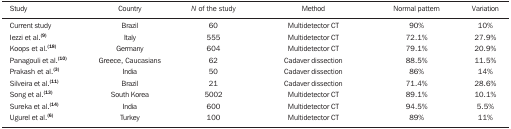
<table><thead><tr><td><b>Study</b></td><td><b>Country</b></td><td><b><i>N</i> of the study</b></td><td><b>Method</b></td><td><b>Normal pattern</b></td><td><b>Variation</b></td></tr></thead><tbody><tr><td>Current study</td><td>Brazil</td><td>60</td><td>Multidetector CT</td><td>90%</td><td>10%</td></tr><tr><td>Iezzi et al.<sup>(9)</sup></td><td>Italy</td><td>555</td><td>Multidetector CT</td><td>72.1%</td><td>27.9%</td></tr><tr><td>Koops et al.<sup>(18)</sup></td><td>Germany</td><td>604</td><td>Multidetector CT</td><td>79.1%</td><td>20.9%</td></tr><tr><td>Panagouli et al.<sup>(10)</sup></td><td>Greece, Caucasians</td><td>62</td><td>Cadaver dissection</td><td>88.5%</td><td>11.5%</td></tr><tr><td>Prakash et al.<sup>(3)</sup></td><td>India</td><td>50</td><td>Cadaver dissection</td><td>86%</td><td>14%</td></tr><tr><td>Silveira et al.<sup>(11)</sup></td><td>Brazil</td><td>21</td><td>Cadaver dissection</td><td>71.4%</td><td>28.6%</td></tr><tr><td>Song et al.<sup>(13)</sup></td><td>South Korea</td><td>5002</td><td>Multidetector CT</td><td>89.1%</td><td>10.1%</td></tr><tr><td>Sureka et al.<sup>(14)</sup></td><td>India</td><td>600</td><td>Multidetector CT</td><td>94.5%</td><td>5.5%</td></tr><tr><td>Ugurel et al.<sup>(6)</sup></td><td>Turkey</td><td>100</td><td>Multidetector CT</td><td>89%</td><td>11%</td></tr></tbody></table>